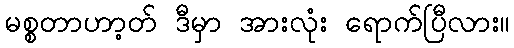
မစ္စတာဟာ့တ် ဒီမှာ အားလုံး ရောက်ပြီလား။